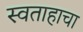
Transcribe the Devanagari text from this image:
स्वताहाचा